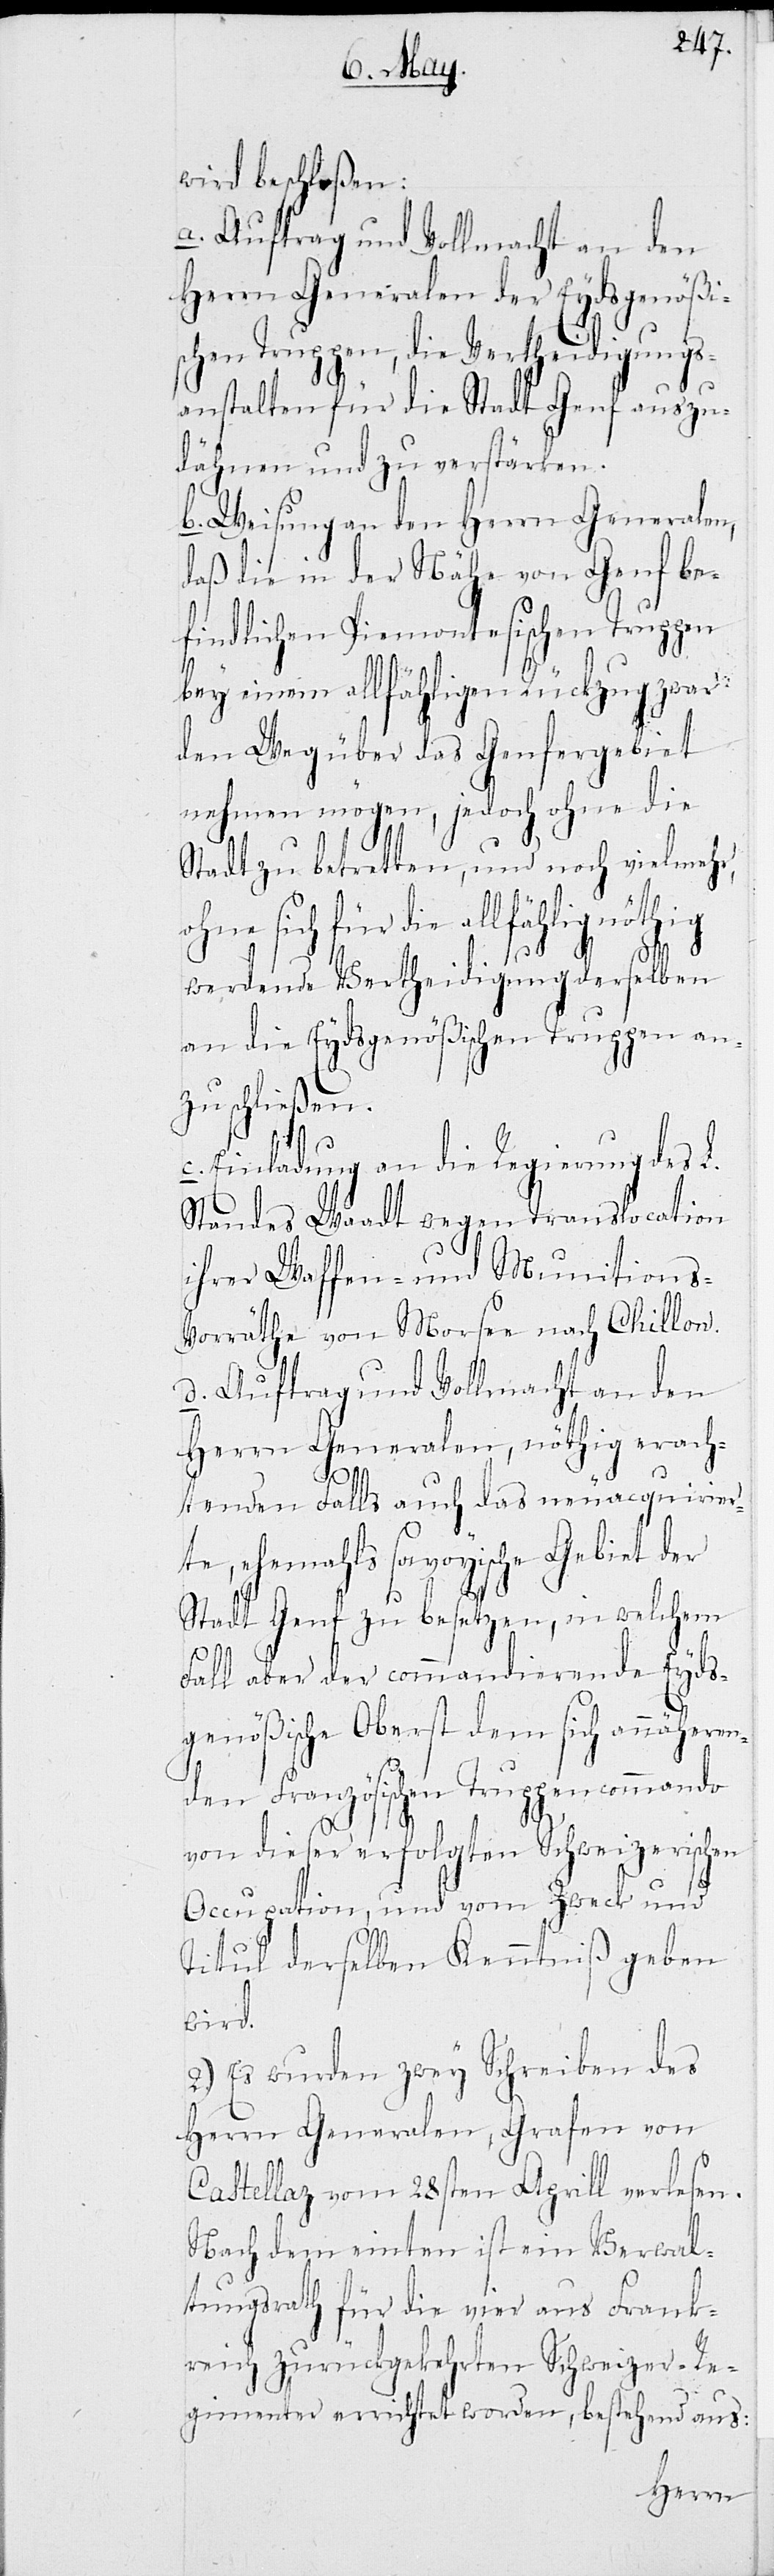
wird beschloßen:
d. Auftrag und Vollmacht an den
Herrn Generalen der Eydsgenößi¬
schen Truppen, die Vertheidigung¬
sanstalten für die Stadt G¬
auszu¬
dähnen und zu verstärken.
b. Weisung an den Herrn Generalen,
nf be¬
daß die in der Nähe von Ge¬
findlichen Piemontesischen
bey einem allfähligen Rückzug zwar
den Weg über das Genfergebiet
nehmen mögen, jedoch ohne die
Stadt zu betretten, und noch vielmehr,
ohne sich für die allfählig nöthig
werdende Vertheidigung derselben
an die Eydsgenößischen Truppen an¬
zuschließen.
Einladung an die Regierung des L.
Standes Waadt wegen Translocation
ihrer Waffen- und Munitions-V¬
orräthe von Morsen nach Chillon.
ben
Herrn Generalen, nöthig erach¬
omma¬
euacquirier¬
tenden Falls auch das n¬
te, ehemals savoyische Gebiet der
Stadt Genf zu besetzen, in welchem
Fall aber der commandierende Eyds¬
genößische Oberst dem sich annähern¬
und
den Französischen Trup¬
von dieser erfolgten
Occupation, und vom
Titul derselben Kentniß geben
wird.
des
2.) Es wurden zwey Schrei¬
Herrn Generalen, Grafen von
Castellaz vom 28sten Aprill verlesen.
Nach dem einten ist ein Verwal¬
tungsrath für die vier aus Frank¬
reich zurückgekehrten Schweizerre¬
gimenter errichtet worden, bestehend aus: